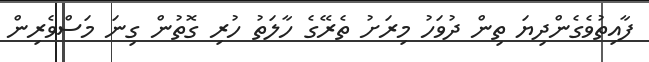
ފާއިތުވެގެންދިޔަ ތިން ދުވަހު މިރަށު ތެރޭގެ ހާލަތު ހުރި ގޮތުން ގިނަ މަސްވެރިން